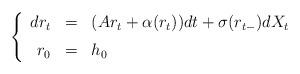
LaTeX: \begin{align*}\left\{\begin{array}{rcl}dr_t & = & (A r_t + \alpha(r_t))dt +\sigma(r_{t-})dX_t\medskip\\ r_0 & = & h_0\end{array}\right.\end{align*}